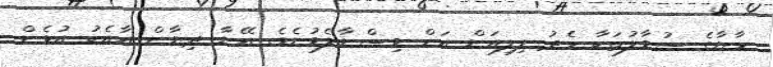
މާޔާގެ ސުވާލުތަކާ މެދު ލިލިއަން އަށް ވިސްނާލެވުނެވެ. އޭނާ ދިޔާން އާއެކު އުޅެން